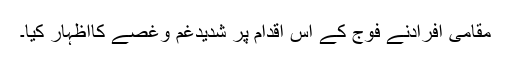
مقامی افرادنے فوج کے اس اقدام پر شدیدغم وغصے کااظہار کیا۔